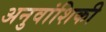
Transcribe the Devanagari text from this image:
अनुवांशिकी